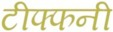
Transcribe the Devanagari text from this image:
टीफ्फनी